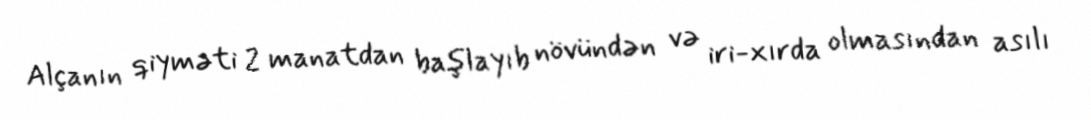
Alçanın qiyməti 2 manatdan başlayıb növündən və iri-xırda olmasından asılı